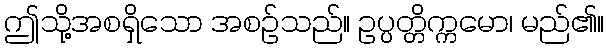
ဤသို့အစရှိသော အစဉ်သည်။ ဥပ္ပတ္တိက္ကမော၊ မည်၏။